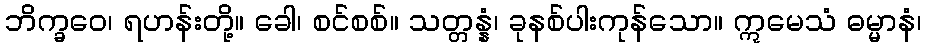
ဘိက္ခဝေ၊ ရဟန်းတို့။ ခေါ၊ စင်စစ်။ သတ္တန္နံ၊ ခုနစ်ပါးကုန်သော။ ဣမေသံ ဓမ္မာနံ၊